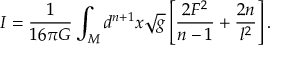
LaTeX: I = \frac { 1 } { 1 6 { \pi } G } \int _ { M } d ^ { n + 1 } x \sqrt { g } \left[ \frac { 2 F ^ { 2 } } { n - 1 } + \frac { 2 n } { l ^ { 2 } } \right] .